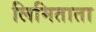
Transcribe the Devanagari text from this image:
लिमिताता